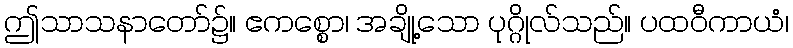
ဤသာသနာတော်၌။ ဧကစ္စော၊ အချို့သော ပုဂ္ဂိုလ်သည်။ ပထဝီကာယံ၊